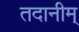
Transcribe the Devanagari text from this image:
तदानीम्